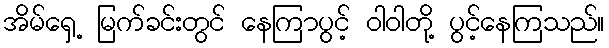
အိမ်ရှေ့ မြက်ခင်းတွင် နေကြာပွင့် ဝါဝါတို့ ပွင့်နေကြသည်။